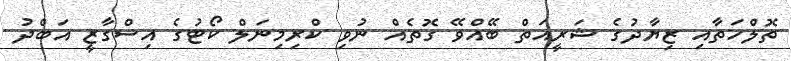
ތޮލްހަތާއި ޒިޔާދުގެ ޝަރީއަތް ބޭއްވޭ ގޮތެއް ނުވި ކްރިމިނަލް ކޯޓުގެ އިސްގާޒީ އަބްދު